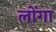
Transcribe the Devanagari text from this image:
लोंगा